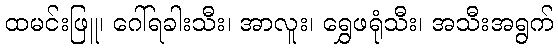
ထမင်းဖြူ၊ ဂေါ်ရခါးသီး၊ အာလူး၊ ရွှေဖရုံသီး၊ အသီးအရွက်